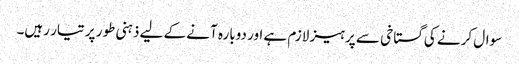
سوال کرنے کی گستاخی سے پرہیز لازم ہے اور دوبارہ آنے کے لیے ذہنی طور پر تیار رہیں۔